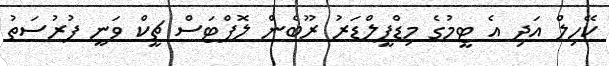
ކޭހިލް އަދި އެ ޓީމުގެ މިޑްފީލްޑަރު ރޫބެން ލޮފްޓަސް ޗީކް ވަނީ ފުރުސަތު